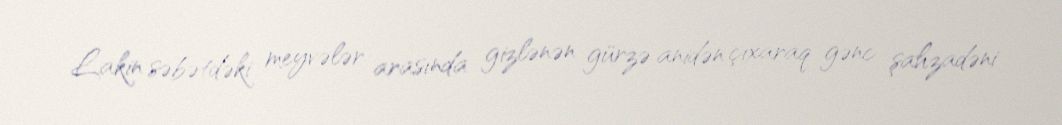
Lakin səbətdəki meyvələr arasında gizlənən gürzə anidən çıxaraq gənc şahzadəni